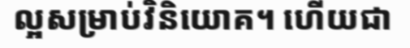
ល្អសម្រាប់វិនិយោគ។ ហើយជា